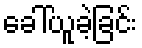
ခေါ်ယူခဲ့ခြင်း